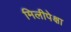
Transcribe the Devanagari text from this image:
मिलीपेक्षा